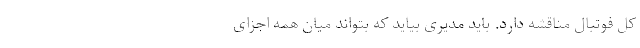
کل فوتبال مناقشه دارد. باید مدیری بیاید که بتواند میان همه اجزای